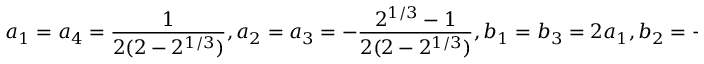
a _ { 1 } = a _ { 4 } = \frac { 1 } { 2 ( 2 - 2 ^ { 1 / 3 } ) } , a _ { 2 } = a _ { 3 } = - \frac { 2 ^ { 1 / 3 } - 1 } { 2 ( 2 - 2 ^ { 1 / 3 } ) } , b _ { 1 } = b _ { 3 } = 2 a _ { 1 } , b _ { 2 } = - 2 ^ { 1 / 3 } b _ { 1 } , b _ { 4 } = 0 .